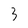
Character: 3